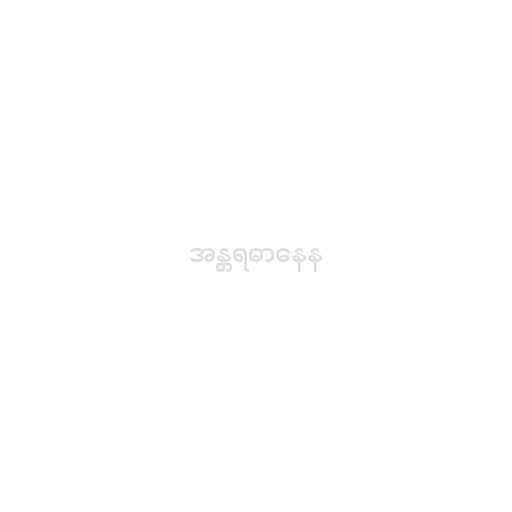
အန္တရဓာနေန